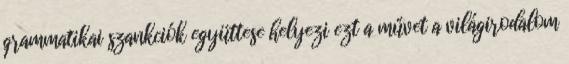
grammatikai szankciók együttese helyezi ezt a művet a világirodalom